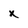
Character: x